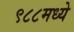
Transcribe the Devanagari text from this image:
९८८मध्ये